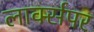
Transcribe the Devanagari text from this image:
लार्क्सपर